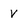
Character: V